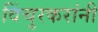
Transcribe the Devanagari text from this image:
विंचुरकरांनी